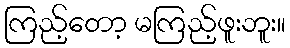
ကြည့်တော့ မကြည့်ဖူးဘူး။